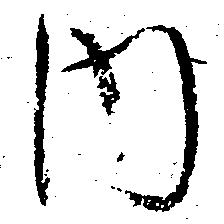
内